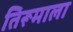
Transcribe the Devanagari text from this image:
तिरूमाला